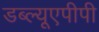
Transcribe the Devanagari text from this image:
डब्ल्यूएपीपी